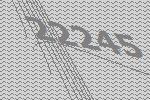
22245